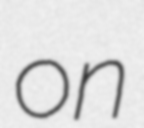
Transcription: on